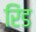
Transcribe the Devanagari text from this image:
रिंड